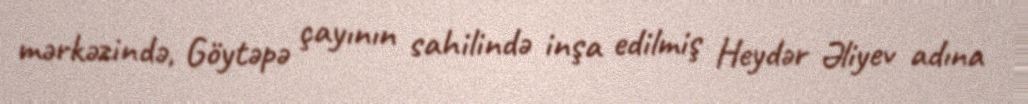
mərkəzində, Göytəpə çayının sahilində inşa edilmiş Heydər Əliyev adına